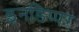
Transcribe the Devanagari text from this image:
इनडिप्पर